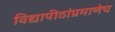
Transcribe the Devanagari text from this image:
विद्यापीठांप्रमाणेच